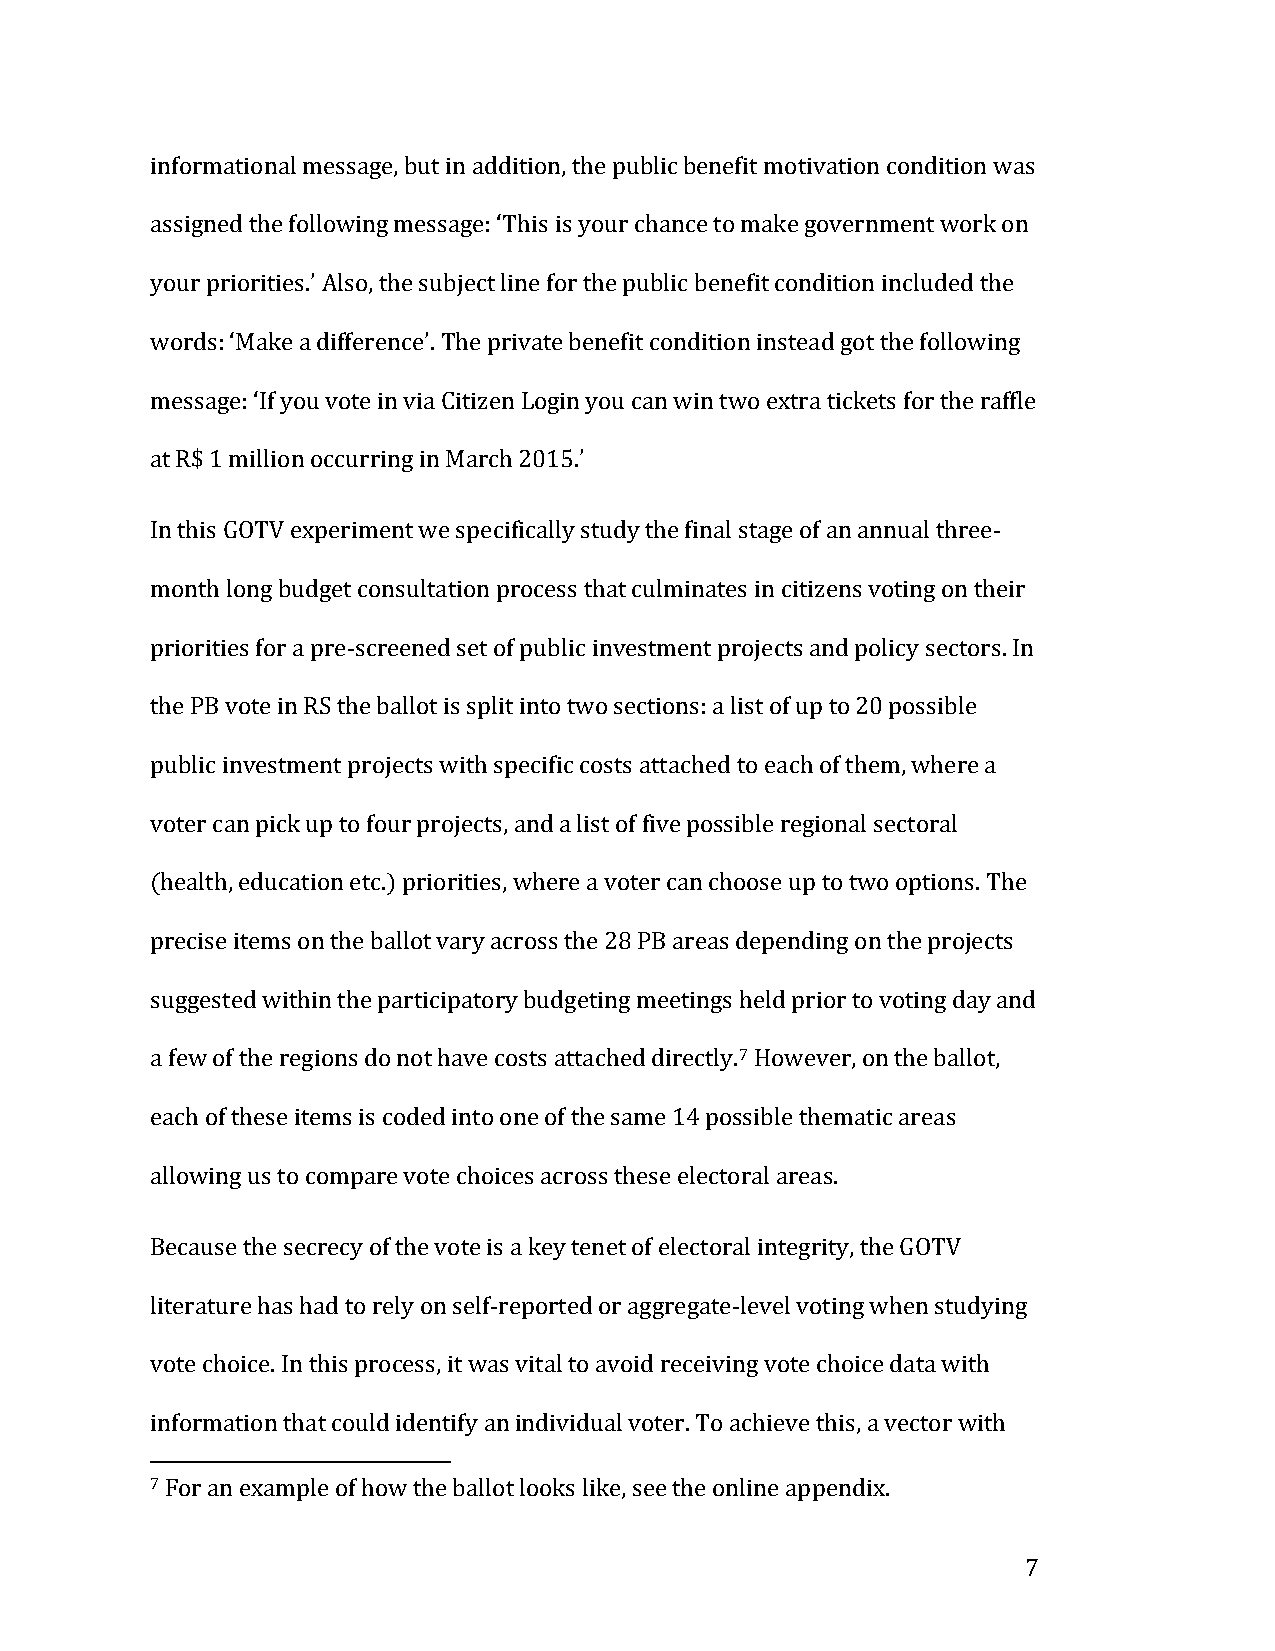
informational message, but in addition, the public benefit motivation condition was
 assigned the following message: ‘This is your chance to make government work on
 your priorities.’ Also, the subject line for the public benefit condition included the
 words: ‘Make a difference’. The private benefit condition instead got the following
 message: ‘If you vote in via Citizen Login you can win two extra tickets for the raffle
 at R$ 1 million occurring in March 2015.’
 In this GOTV experiment we specifically study the final stage of an annual three-
 month long budget consultation process that culminates in citizens voting on their
 priorities for a pre-screened set of public investment projects and policy sectors. In
 the PB vote in RS the ballot is split into two sections: a list of up to 20 possible
 public investment projects with specific costs attached to each of them, where a
 voter can pick up to four projects, and a list of five possible regional sectoral
 (health, education etc.) priorities, where a voter can choose up to two options. The
 precise items on the ballot vary across the 28 PB areas depending on the projects
 suggested within the participatory budgeting meetings held prior to voting day and
 a few of the regions do not have costs attached directly.7 However, on the ballot,
 each of these items is coded into one of the same 14 possible thematic areas
 allowing us to compare vote choices across these electoral areas.
 Because the secrecy of the vote is a key tenet of electoral integrity, the GOTV
 literature has had to rely on self-reported or aggregate-level voting when studying
 vote choice. In this process, it was vital to avoid receiving vote choice data with
 information that could identify an individual voter. To achieve this, a vector with
 7 For an example of how the ballot looks like, see the online appendix.
 7